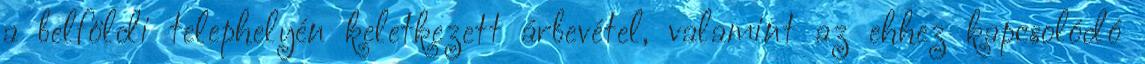
a belföldi telephelyén keletkezett árbevétel, valamint az ehhez kapcsolódó